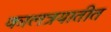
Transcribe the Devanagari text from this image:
कालत्रयातीत